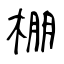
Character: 棚